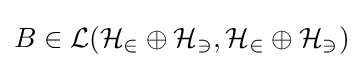
B\in {\mathcal {L(H_{2}\oplus H_{3},H_{2}\oplus H_{3})}}